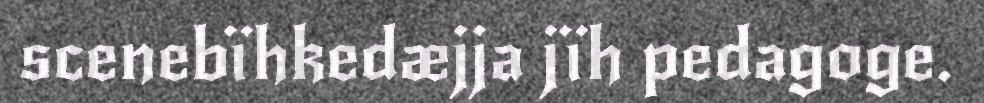
scenebïhkedæjja jïh pedagoge.